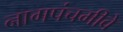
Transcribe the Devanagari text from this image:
नागपंचमीवे